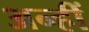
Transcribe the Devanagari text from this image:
अन्हीं